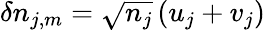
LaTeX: \delta n_{j,m}=\sqrt{n_{j}}\left(u_{j}+v_{j}\right)